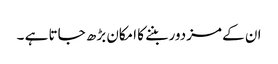
ان کے مزدور بننے کا امکان بڑھ جاتا ہے ۔